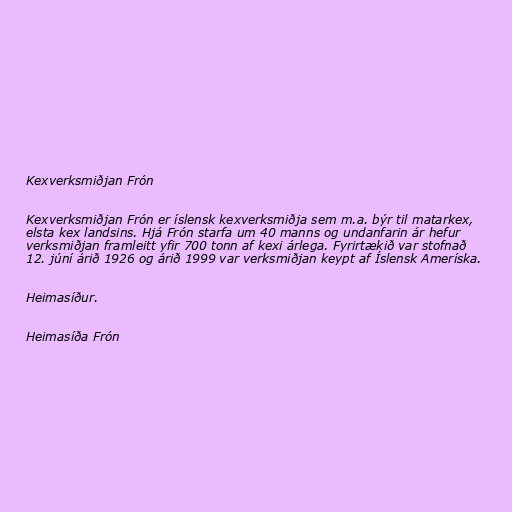
Kexverksmiðjan Frón

Kexverksmiðjan Frón er íslensk kexverksmiðja sem m.a. býr til matarkex,
elsta kex landsins. Hjá Frón starfa um 40 manns og undanfarin ár hefur
verksmiðjan framleitt yfir 700 tonn af kexi árlega. Fyrirtækið var stofnað
12. júní árið 1926 og árið 1999 var verksmiðjan keypt af Íslensk Ameríska.

Heimasíður.

Heimasíða Frón